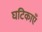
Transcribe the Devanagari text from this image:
घटिकाएँ